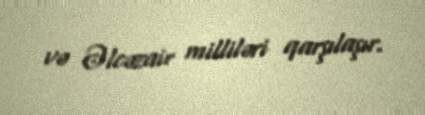
və Əlcəzair milliləri qarşılaşır.